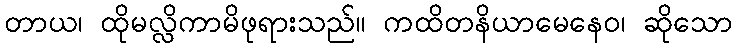
တာယ၊ ထိုမလ္လိကာမိဖုရားသည်။ ကထိတနိယာမေနေဝ၊ ဆိုသော